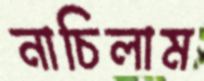
নাচিলাম